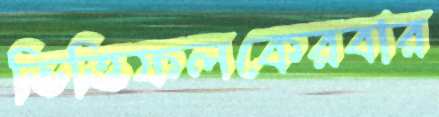
ভিত্তিফলকেরবার